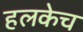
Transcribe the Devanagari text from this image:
हलकेच